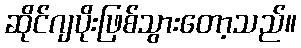
ဆိုင်ဂျပိုးဖြစ်သွားတော့သည်။